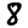
Digit: 8